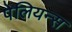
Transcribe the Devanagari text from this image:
पेलियन्स